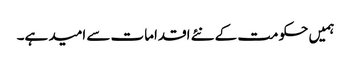
ہمیں حکومت کے نئے اقدامات سے امید ہے۔